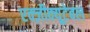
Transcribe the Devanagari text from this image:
एक्ज़ीक्यूटेबल